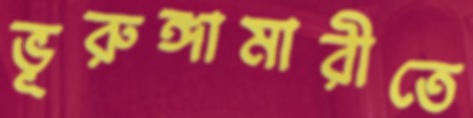
ভূরুঙ্গামারীতে